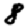
Digit: 8